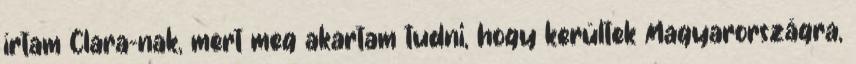
írtam Clara-nak, mert meg akartam tudni, hogy kerültek Magyarországra,